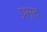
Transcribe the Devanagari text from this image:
प्रमद